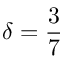
\delta = \frac { 3 } { 7 }